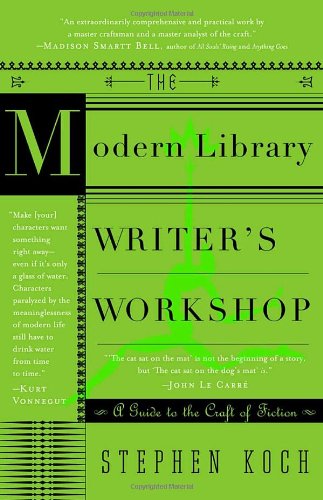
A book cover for The Modern Library Writer's Workshop: A Guide to the Craft of Fiction (Modern Library Paperbacks); Stephen Koch; Politics & Social Sciences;